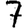
Digit: 7